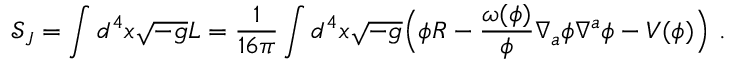
\mathcal { S } _ { J } = \int d ^ { 4 } x \sqrt { - g } L = \frac { 1 } { 1 6 \pi } \int d ^ { 4 } x \sqrt { - g } \Big ( \phi R - \frac { \omega ( \phi ) } { \phi } \nabla _ { a } \phi \nabla ^ { a } \phi - V ( \phi ) \Big ) ~ .